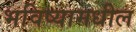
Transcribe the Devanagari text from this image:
भविष्यामधील